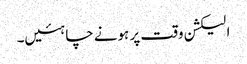
الیکشن وقت پر ہونے چاہئیں۔